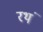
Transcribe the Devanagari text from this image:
रथं